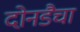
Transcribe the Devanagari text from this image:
दोनडैचा